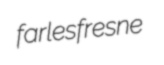
farles fresne